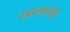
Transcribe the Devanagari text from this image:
रुध्रमादेवी